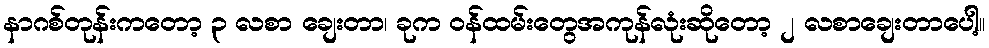
နာဂစ်တုန်းကတော့ ၃ လစာ ချေးတာ၊ ခုက ဝန်ထမ်းတွေအကုန်လုံးဆိုတော့ ၂ လစာချေးတာပေါ့။